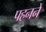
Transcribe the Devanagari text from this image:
पहननें